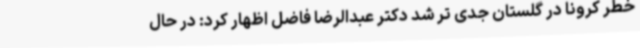
خطر کرونا در گلستان جدی‌ تر شد دکتر عبدالرضا فاضل اظهار کرد: در حال